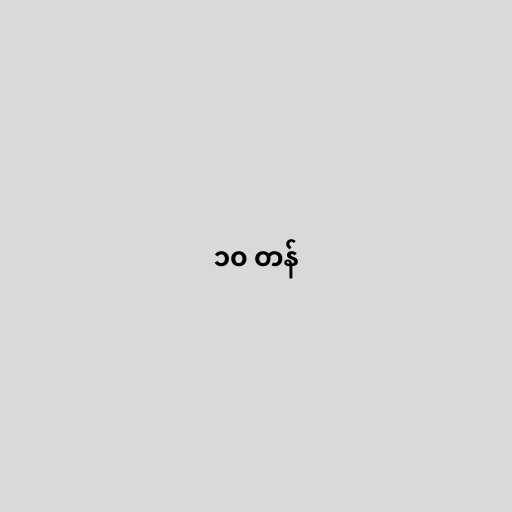
၁၀ တန်